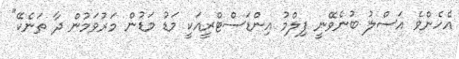
އެހެންވެ އަސްލު ބުނެވޭނީ ފިލްމު އިންޑަސްޓްރީއަކީ މަޑު މަޑުން މަރުވަމުން ދާ ތަނެކޭ"